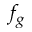
f _ { g }